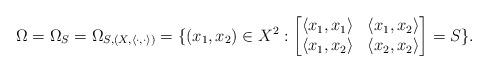
LaTeX: \begin{align*}\Omega=\Omega_S =\Omega_{S,(X,\langle\cdot, \cdot\rangle)}= \{(x_1,x_2) \in X^2: \begin{bmatrix} \langle x_1,x_1 \rangle & \langle x_1, x_2\rangle \\ \langle x_1 , x_2 \rangle & \langle x_2 , x_2\rangle \end{bmatrix} = S \}. \end{align*}